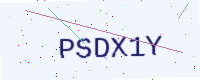
Text: PSDX1Y